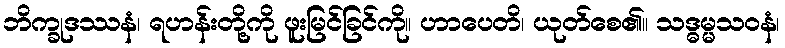
ဘိက္ခုဒဿနံ၊ ရဟန်းတို့ကို ဖူးမြင်ခြင်ကို။ ဟာပေတိ၊ ယုတ်စေ၏။ သဒ္ဓမ္မသဝနံ၊